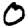
Digit: 0